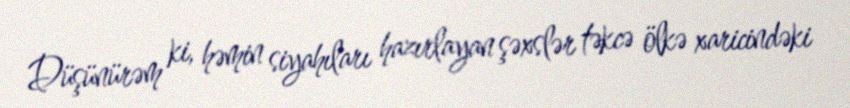
Düşünürəm ki, həmin siyahıları hazırlayan şəxslər təkcə ölkə xaricindəki